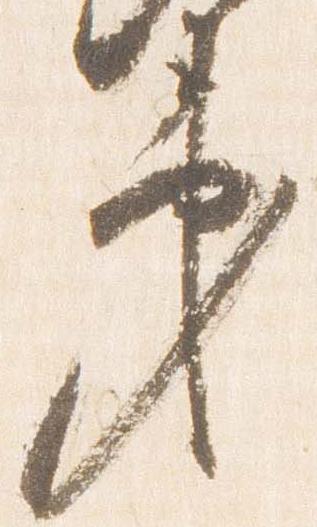
第